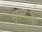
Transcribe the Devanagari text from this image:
मुनयस्तथा